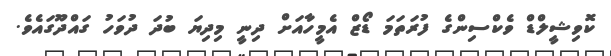
ކޮވިޝީލްޑް ވެކްސިންގެ ފުރަތަމަ ޑޯޒް އެމީހާއަށް ދިނީ މިދިޔަ ބުދަ ދުވަހު ގައްދޫގައެވެ.